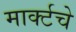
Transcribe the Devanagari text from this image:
मार्क्टचे